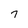
Character: 7